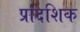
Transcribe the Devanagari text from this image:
प्रदिशिक